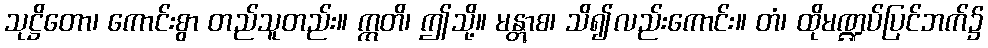
သုဋ္ဌိတော၊ ကောင်းစွာ တည်သူတည်း။ ဣတိ၊ ဤသို့။ မန္တွာစ၊ သိ၍လည်းကောင်း။ တံ၊ ထိုမဏ္ဍပ်ပြင်ဘက်၌